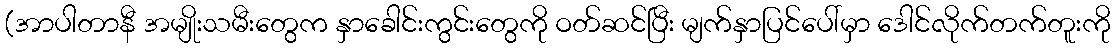
(အာပါတာနီ အမျိုးသမီးတွေက နှာခေါင်းကွင်းတွေကို ဝတ်ဆင်ပြီး မျက်နှာပြင်ပေါ်မှာ ဒေါင်လိုက်တက်တူးကို